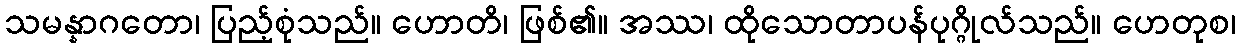
သမန္နာဂတော၊ ပြည့်စုံသည်။ ဟောတိ၊ ဖြစ်၏။ အဿ၊ ထိုသောတာပန်ပုဂ္ဂိုလ်သည်။ ဟေတုစ၊